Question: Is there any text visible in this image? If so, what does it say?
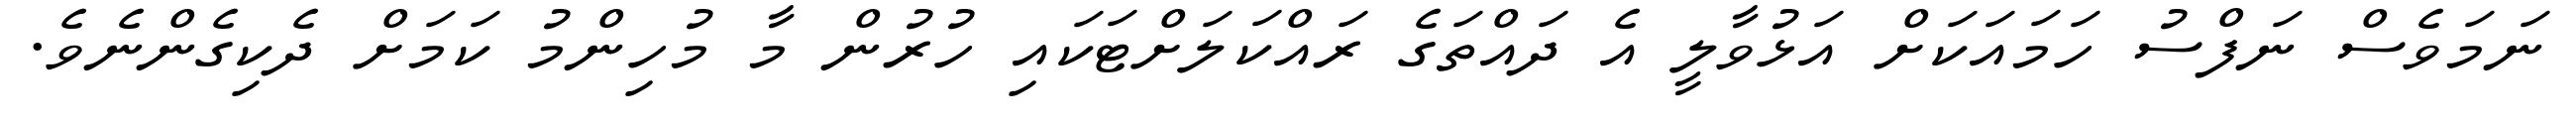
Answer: ނަމަވެސް ނަފްސު ހަމައަކަށް އަޅުވާލީ އެ ދައްތަގެ ރައްކަލަށްޓަކައި ހުރުން މާ މުހިންމު ކަމަށް ދެކިގެންނެވެ.